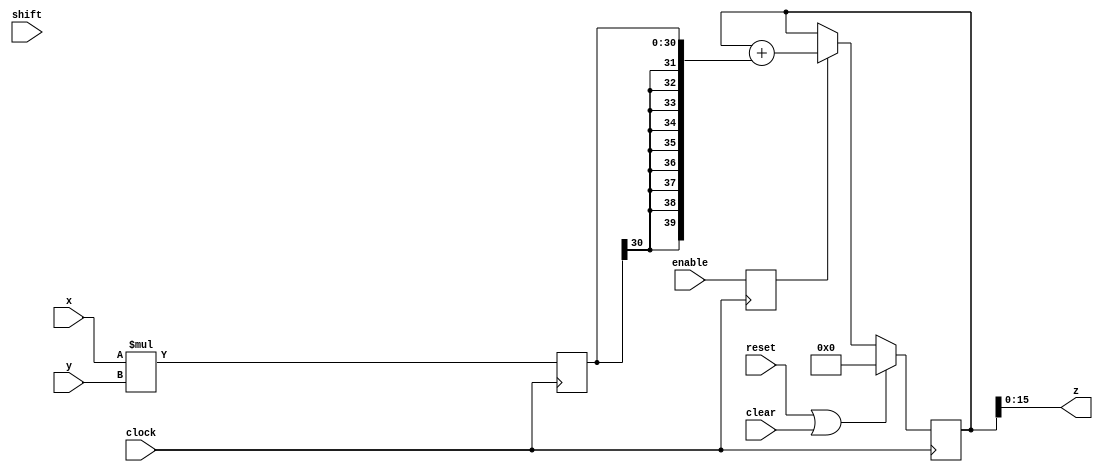


module mac (input clock, input reset, input enable, input clear,
	    input signed [15:0] x, input signed [15:0] y,
	    input [7:0] shift, output [15:0] z );

   reg signed [30:0] product;
   reg signed [39:0] z_int;
   reg signed [15:0] z_shift;

   reg enable_d1;
   always @(posedge clock)
     enable_d1 <= #1 enable;
   
   always @(posedge clock)
     if(reset | clear)
       z_int <= #1 40'd0;
     else if(enable_d1)
       z_int <= #1 z_int + {{9{product[30]}},product};

   always @(posedge clock)
     product <= #1 x*y;

   always @*   // FIXME full case? parallel case?
     case(shift)
       //8'd0 : z_shift <= z_int[39:24];
       //8'd1 : z_shift <= z_int[38:23];
       //8'd2 : z_shift <= z_int[37:22];
       //8'd3 : z_shift <= z_int[36:21];
       //8'd4 : z_shift <= z_int[35:20];
       //8'd5 : z_shift <= z_int[34:19];
       8'd6 : z_shift <= z_int[33:18];
       8'd7 : z_shift <= z_int[32:17];
       8'd8 : z_shift <= z_int[31:16];
       8'd9 : z_shift <= z_int[30:15];
       8'd10 : z_shift <= z_int[29:14];
       8'd11 : z_shift <= z_int[28:13];
       //8'd12 : z_shift <= z_int[27:12];
       //8'd13 : z_shift <= z_int[26:11];
       //8'd14 : z_shift <= z_int[25:10];
       //8'd15 : z_shift <= z_int[24:9];
       //8'd16 : z_shift <= z_int[23:8];
       //8'd17 : z_shift <= z_int[22:7];
       //8'd18 : z_shift <= z_int[21:6];
       //8'd19 : z_shift <= z_int[20:5];
       //8'd20 : z_shift <= z_int[19:4];
       //8'd21 : z_shift <= z_int[18:3];
       //8'd22 : z_shift <= z_int[17:2];
       //8'd23 : z_shift <= z_int[16:1];
       //8'd24 : z_shift <= z_int[15:0];
       default : z_shift <= z_int[15:0];
     endcase // case(shift)
   
   // FIXME do we need to saturate?
   //assign z = z_shift;
   assign z = z_int[15:0];
   
endmodule // mac